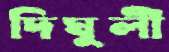
দিঘুলী